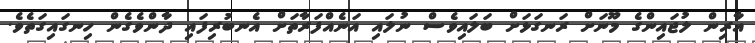
އާރިން ލުޖައިންގެ މޫނަށް ރަނގަޅަށް ބަލައިވެސް ނުލައި އަނެއްފަރާތަށް އެނބުރިފައި ދާންވެގެން ހިނގައިގަތެވެ.